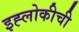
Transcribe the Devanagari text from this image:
इह्लोकीची